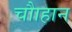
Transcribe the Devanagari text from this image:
चौाहान